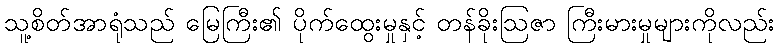
သူ့စိတ်အာရုံသည် မြေကြီး၏ ပိုက်ထွေးမှုနှင့် တန်ခိုးဩဇာ ကြီးမားမှုများကိုလည်း